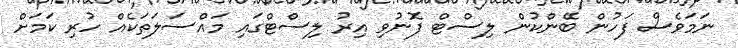
ނަމަވެސް ފަހުން ބޭންކުން ލިސްޓް ފޮނުވި އިރު ލިސްޓްގައި މައްސަލަތަކެއް ހުރި ކަމަށް